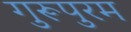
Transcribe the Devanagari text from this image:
गुरूपुरम